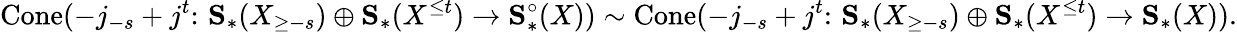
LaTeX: \mathrm{Cone}(-j_{-s}+j^{t}\colon\thinspace\mathbf{S}_{*}(X_{\geq-s})\oplus\mathbf{S}_{*}(X^{\leq t})\to\mathbf{S}_{*}^{\circ}(X))\sim\mathrm{Cone}(-j_{-s}+j^{t}\colon\thinspace\mathbf{S}_{*}(X_{\geq-s})\oplus\mathbf{S}_{*}(X^{\leq t})\to\mathbf{S}_{*}(X)).